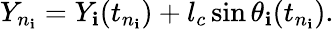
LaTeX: Y_{n_{\mathbf{i}}}=Y_{\mathbf{i}}(t_{n_{\mathbf{i}}})+l_{c}\sin\theta_{\mathbf{i}}(t_{n_{\mathbf{i}}}).